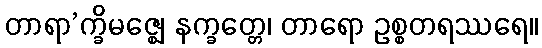
တာရာ’က္ခိမဇ္ဈေ နက္ခတ္တေ၊ တာရော ဥစ္စတရဿရေ။